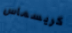
كريسماس